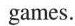
games.